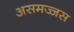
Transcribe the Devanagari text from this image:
असमज्जस